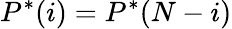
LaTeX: P^{*}(i)=P^{*}(N-i)